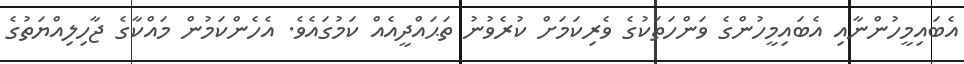
އެބައިމީހުންނާއި އެބައިމީހުންގެ ވަންހަތަކުގެ ވެރިކަމަށް ކުރެވުނު ތަޙައްދީއެއް ކަމުގައެވެ. އެހެންކަމުން މައްކާގެ ޖާހިލިއްޔަތުގެ